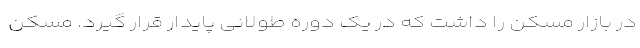
در بازار مسکن را داشت که در یک دوره طولانی پایدار قرار گیرد. مسکن